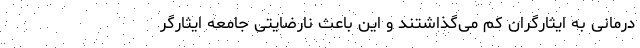
درمانی به ایثارگران کم می‌گذاشتند و این باعث نارضایتی جامعه ایثارگر